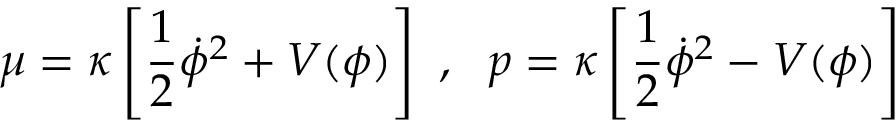
\mu = \kappa \left[ \frac { 1 } { 2 } \dot { \phi } ^ { 2 } + V ( \phi ) \right] ~ , ~ ~ p = \kappa \left[ \frac { 1 } { 2 } \dot { \phi } ^ { 2 } - V ( \phi ) \right]